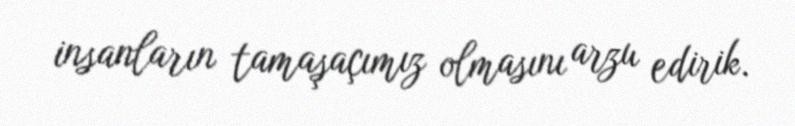
insanların tamaşaçımız olmasını arzu edirik.